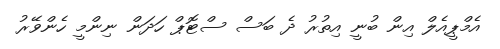
އެމްޕީއެލް އިން ބުނީ އިތުރު ދެ ބަސް ސްޓޮޕް ހަދަން ނިންމީ ހެންވޭރު